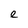
Character: l